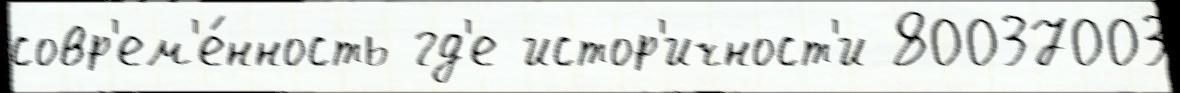
совр'ем'е́нность гд'е истор'ичност'и 80037003